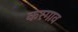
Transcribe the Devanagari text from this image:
करगाव